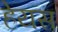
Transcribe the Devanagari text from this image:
हेयस